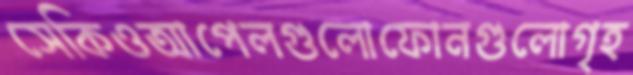
সেকিওআপেলগুলোফোনগুলোগৃহ